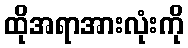
ထိုအရာအားလုံးကို